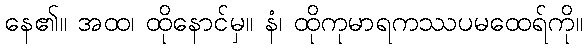
နေ၏။ အထ၊ ထိုနောင်မှ။ နံ၊ ထိုကုမာရကဿပမထေရ်ကို။